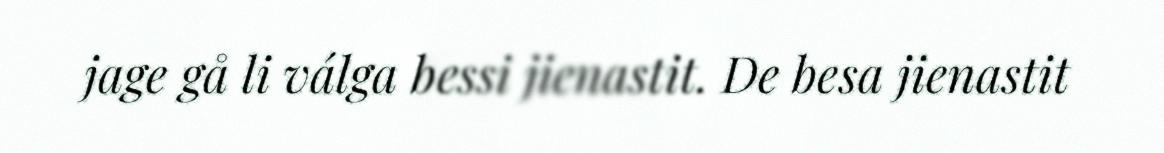
jage gå li válga bessi jienastit. De besa jienastit